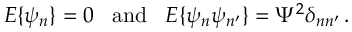
E \{ \psi _ { n } \} = 0 \; \; \; \mathrm { a n d } \; \; \; E \{ \psi _ { n } \psi _ { n ^ { \prime } } \} = \Psi ^ { 2 } \delta _ { n n ^ { \prime } } \, .